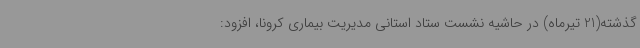
گذشته(21 تیرماه) در حاشیه نشست ستاد استانی مدیریت بیماری کرونا، افزود: